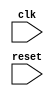
module AHB_Controller (
    input wire clk,
    input wire reset,
    // Add additional inputs and outputs as needed
    
);

// Add code for generating clock signals, managing data transfers, addressing, interruption requests, and arbitration mechanisms

endmodule